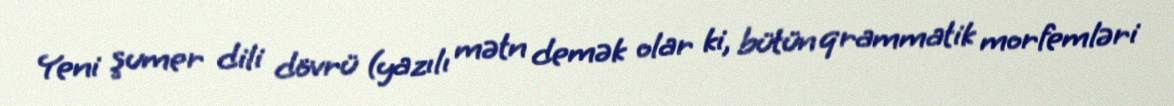
Yeni şumer dili dövrü (yazılı mətn demək olar ki, bütün qrammatik morfemləri